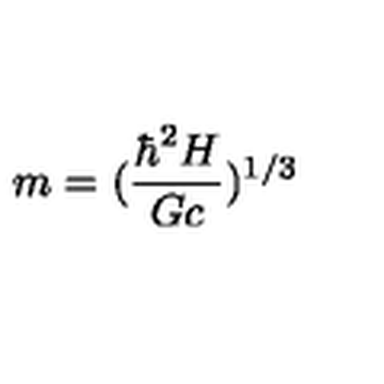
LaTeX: m = ( \frac { \hbar ^ { 2 } H } { G c } ) ^ { 1 / 3 }